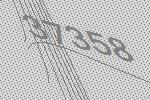
37358